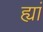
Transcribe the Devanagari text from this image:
ह्यां